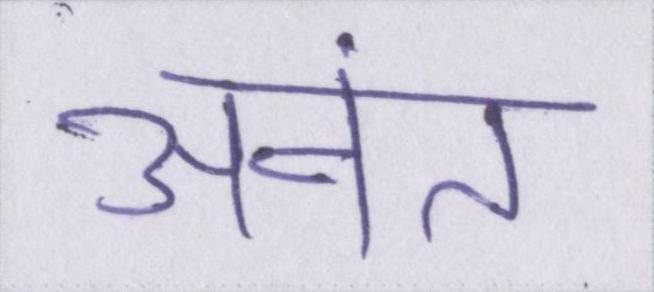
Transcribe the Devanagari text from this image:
अनंत